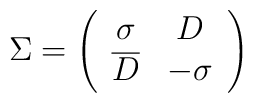
\Sigma = \left (                 \begin{array}{cc}                     \sigma & D \\  \overline D & -\sigma                \end{array}               \right )